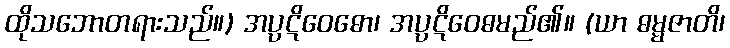
ထိုသဘောတရားသည်။) အပ္ပဋိဝေဓော၊ အပ္ပဋိဝေဓမည်၏။ (ယာ ဓမ္မဇာတိ၊